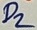
Text: D2